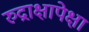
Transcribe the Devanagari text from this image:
रुद्राक्षापेक्षा